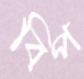
বিপ